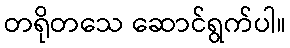
တရိုတသေ ဆောင်ရွက်ပါ။